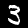
Label: 3